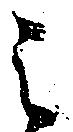
之